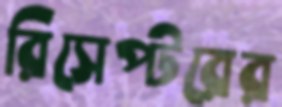
রিসেপ্টরের